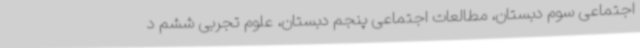
اجتماعی سوم دبستان، مطالعات اجتماعی پنجم دبستان، علوم تجربی ششم د